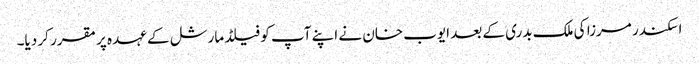
اسکندر مرزا کی ملک بدری کے بعد ایوب خان نے اپنے آپ کو فیلڈ مارشل کے عہدہ پر مقرر کر دیا۔